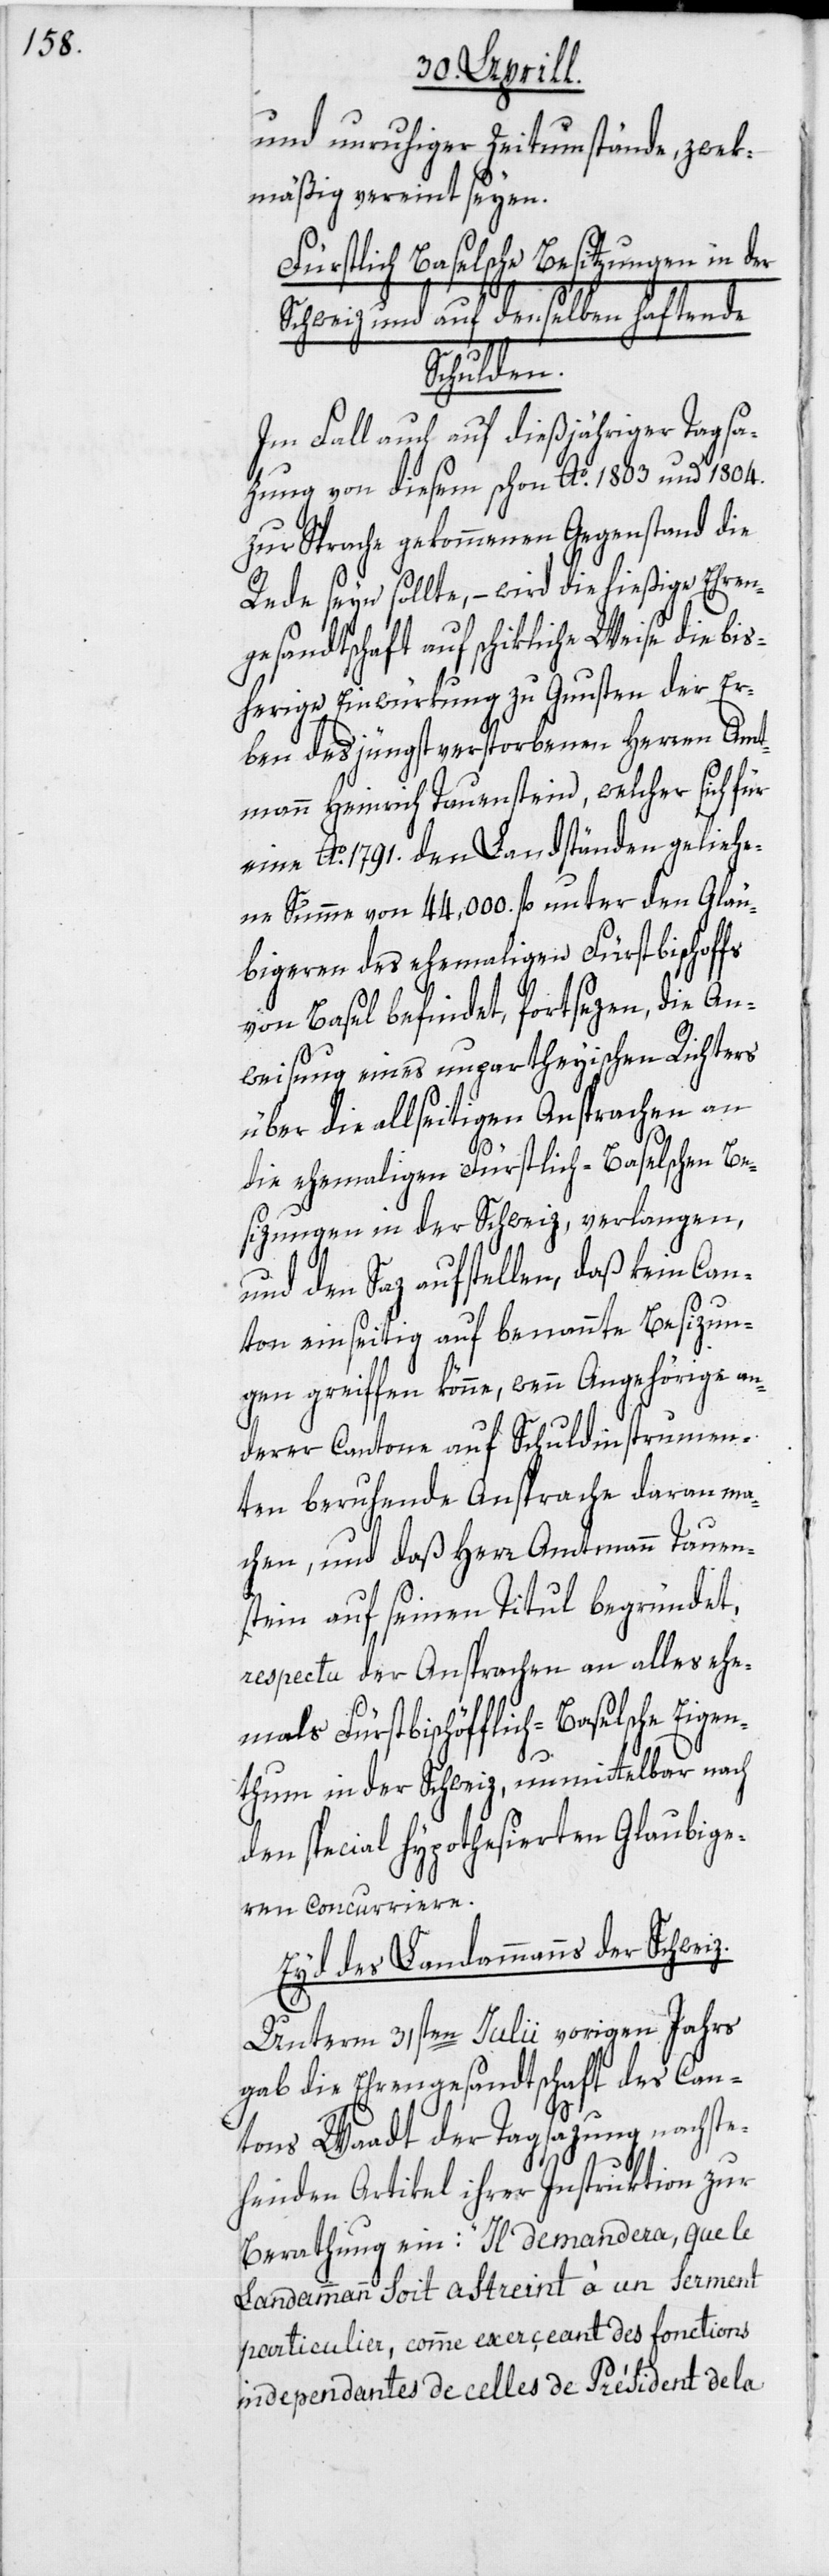
und unruhiger Zeitumstände, zwek¬
mäßig vereint seyen.
Fürstlich Baselsche Besitzungen in der
Schweiz und auf denselben haftende
Schulden.
Im Fall auch auf dießjähriger Tagsat¬
zung von diesem schon Ao. 1803 und 1804.
zur Sprache gekommenen Gegenstand die
Rede seyn sollte, – wird die hießige Ehren¬
gesandtschaft auf schikliche Weise die bis¬
herige Einwürkung zu Gunsten der Er¬
ben des jüngst verstorbenen Herren Amt¬
mann Heinrich Tauenstein, welcher sich für
eine Ao. 1791. den Landständen geliehe¬
ne Summe von 44,000. fl. unter den Gläu¬
bigeren des ehemaligen Fürstbischof¬
von Basel befindet, fortsezen, die An¬
weisung eines unpartheyischen Richters
über die allseitigen Ansprachen an
die ehemaligen Fürstlich-Baselschen Be¬
sizungen in der Schweiz, verlangen,
und den Saz aufstellen, daß kein Can¬
ton einseitig auf benannte Besizun¬
gen greiffen könne, wenn Angehörige an¬
derer Cantone auf Schuldinstrumen¬
ten beruhende Ansprache daran ma¬
chen, und daß Herr Amtmann Tauen¬
fs
stein auf seinen Titul begründet,
respectu der Ansprachen an alles ehe¬
mals Fürstbischöfflich-Baselsche Eigen¬
thum in der Schweiz, unmittelbar nach
den special hypothesierten Glaubige¬
ren concurriere.
Eyd des Landammanns der Schweiz.
Unterm 31sten Julii vorigen Jahrs
gab die Ehrengesandtschaft des Can¬
tons Waadt der Tagsazung nachst¬
ehenden Artikel ihrer Instruktion zur
Berathung ein: „Il demandera, que le
Landammann soit astreint à un serment
particulier, comme exerçeant des fonctions
independantes de celles de Président de la